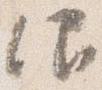
仰